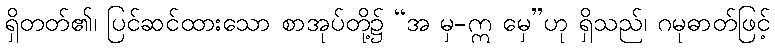
ရှိတတ်၏၊ ပြင်ဆင်ထားသော စာအုပ်တို့၌ “အ မှ-ဣ မှေ”ဟု ရှိသည်၊ ဂမုဓာတ်ဖြင့်